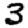
Digit: 3